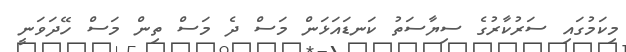
މިކަމުގައި ސަރުކާރުގެ ސިޔާސަތު ކަނޑައަޅަން މަސް ދެ މަސް ތިން މަސް ހޭދަވަނީ